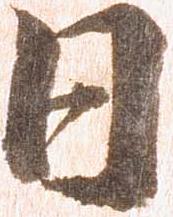
日